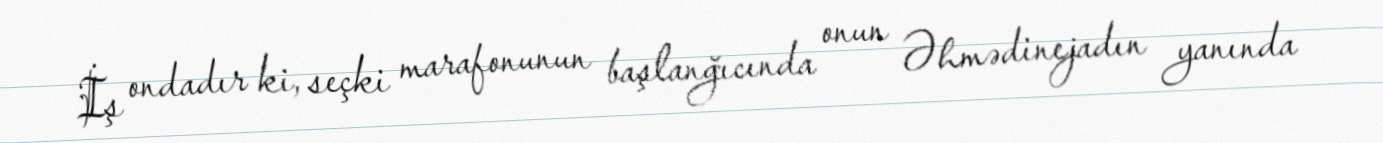
İş ondadır ki, seçki marafonunun başlanğıcında onun Əhmədinejadın yanında